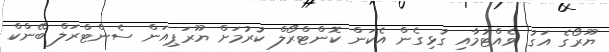
ޔޫރޯގެ އަގު ވެއްޓުމާއި ގުޅިގެން އެކަން ކޮންޓްރޯލް ކުރުމަށް ޔޫރަޕިއަން ސެންޓްރަލް ބޭންކް